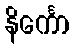
နိင်္ကော